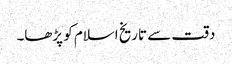
دقت سے تاریخ اسلام کو پڑھا۔